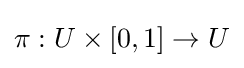
\pi :U\times [0,1]\to U